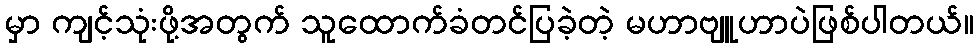
မှာ ကျင့်သုံးဖို့အတွက် သူထောက်ခံတင်ပြခဲ့တဲ့ မဟာဗျူဟာပဲဖြစ်ပါတယ်။